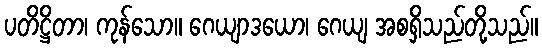
ပတိဋ္ဌိတာ၊ ကုန်သော။ ဂေယျာဒယော၊ ဂေယျ အစရှိသည်တို့သည်။